Lunatic asylums United Provinces 1899-1908 - 1899-1908
Year: 1899
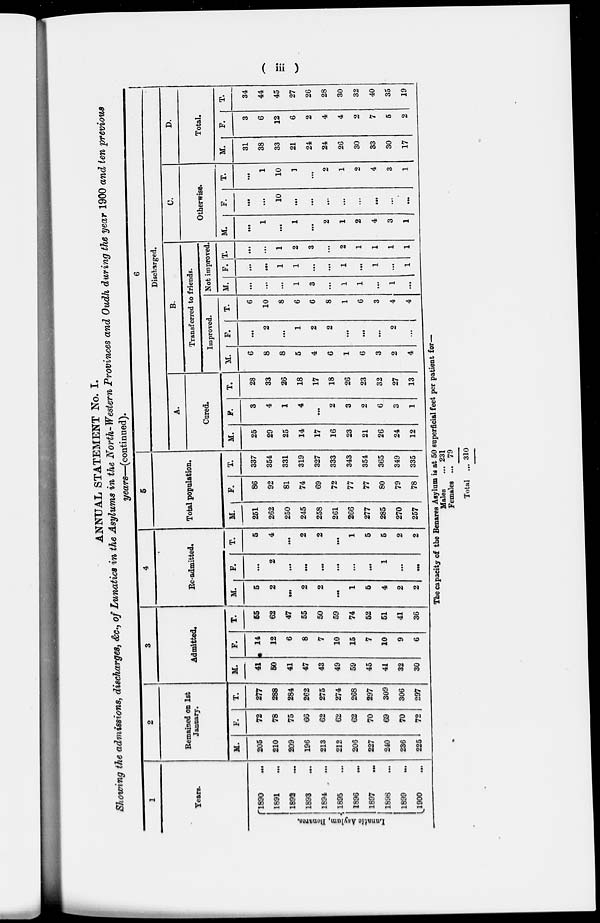
( iii )
ANNUAL STATEMENT No. I.
Showing the admissions, discharges, &c., of Lunatics in the Asylums in the North-Western Provinces and Oudh during the year 1900 and ten previous
years—(continued).
1
Years.
Lunatic Asylum, Benares.
1890 ...
1891 ...
1892 ...
1893 ...
1894 ...
1895 ...
1896 ...
1897 ...
1898 ...
1899 ...
1900 ...
2
Remained on 1st
January.
M.
205
210
209
196
213
212
206
227
240
236
225
F.
72
78
75
66
62
62
62
70
69
70
72
T.
277
288
284
262
275
274
268
297
309
306
297
3
Admitted.
M.
41
60
41
47
43
49
59
45
41
32
30
F.
14
12
6
8
7
10
15
7
10
9
6
T.
55
62
47
55
50
59
74
52
51
41
36
4
Re-admitted.
M.
5
2
...
2
2
...
1
5
4
2
2
F.
...
2
...
...
...
...
...
...
1
...
...
T.
5
4
...
2
2
...
1
5
5
2
2
5
Total population.
M.
251
262
250
245
258
261
266
277
285
270
257
F.
86
92
81
74
69
72
77
77
80
79
78
T.
337
354
331
319
327
333
343
354
365
349
335
6
Discharged.
A.
Cared.
M.
25
29
25
14
17
16
23
21
26
24
12
F.
3
4
1
4
...
2
3
2
6
3
1
T.
28
33
26
18
17
18
26
23
32
27
13
B.
Transferred to friends.
Improved.
M.
6
8
8
5
4
6
1
6
3
2
4
F.
...
2
...
1
2
2
...
...
...
2
...
T.
6
10
8
6
6
8
1
6
3
4
4
Not improved.
M.
...
...
...
1
3
...
1
1
...
1
...
F.
...
...
1
1
...
...
1
...
1
...
1
T.
...
...
1
2
3
...
2
1
1
1
1
C.
Otherwise.
M.
...
1
...
1
...
2
1
2
4
3
1
F.
...
...
10
...
...
...
...
...
...
...
...
T.
...
1
10
1
...
2
1
2
4
3
1
D.
Total.
M.
31
38
33
21
24
24
26
30
33
30
17
F.
3
6
12
6
2
4
4
2
7
5
2
T.
34
44
45
27
26
28
30
32
40
35
19
The capacity of the Benares Asylum is at 50 superficial feet per patient for—
Males
Females
Total
...
...
...
231
79
310